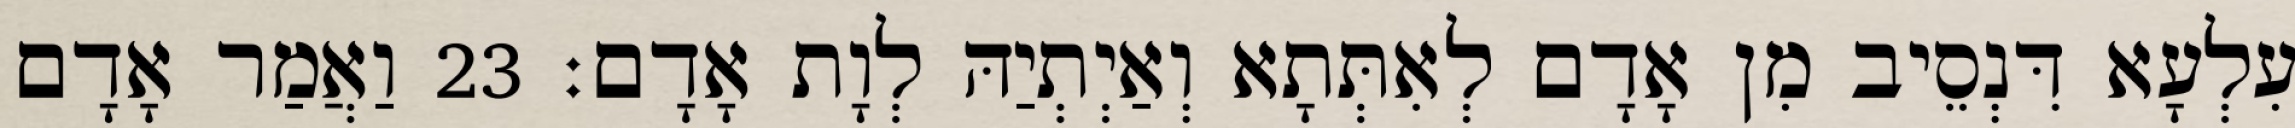
עִלְעָא דִּנְסֵיב מִן אָדָם לְאִתְּתָא וְאַיְתְיַהּ לְוָת אָדָם׃ 23 וַאֲמַר אָדָם